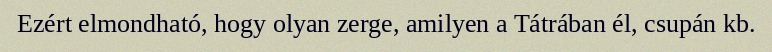
Ezért elmondható, hogy olyan zerge, amilyen a Tátrában él, csupán kb.